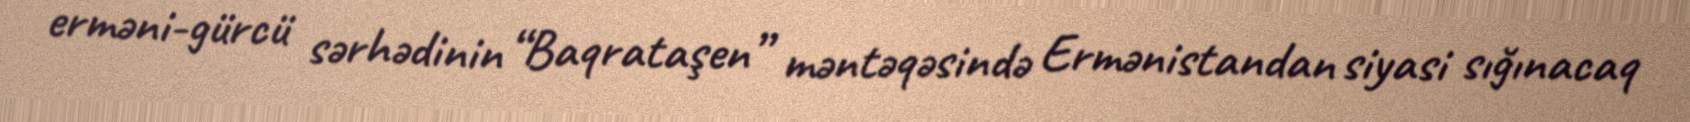
erməni-gürcü sərhədinin “Baqrataşen” məntəqəsində Ermənistandan siyasi sığınacaq